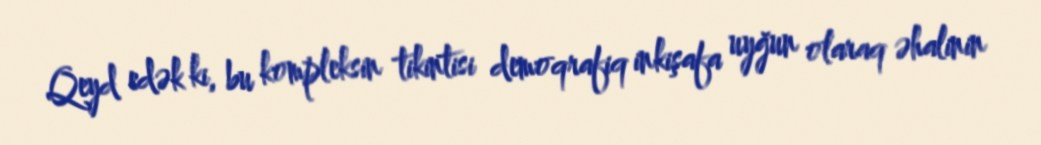
Qeyd edək ki, bu kompleksin tikintisi demoqrafiq inkişafa uyğun olaraq əhalinin